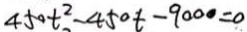
4 5 0 t ^ { 2 } - 4 5 0 t - 9 0 0 0 = 0